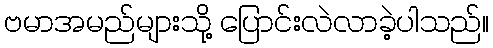
ဗမာအမည်များသို့ ပြောင်းလဲလာခဲ့ပါသည်။